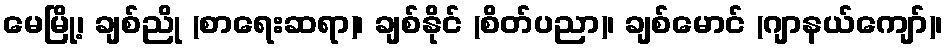
မေမြို့၊ ချစ်ညို (စာရေးဆရာ)၊ ချစ်နိုင် (စိတ်ပညာ)၊ ချစ်မောင် (ဂျာနယ်ကျော်)၊